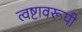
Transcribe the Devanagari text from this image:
त्वष्टावरूपी